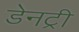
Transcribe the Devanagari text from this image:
डेनट्री